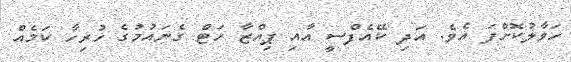
ހަވާލުކޮށްފަ އެވެ. އަދި ކޭއެފްސީ އާއި ޕިއްޒާ ހަޓް ގެނައުމުގެ ހުރިހާ ކަމެއް